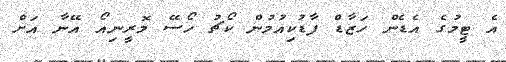
އެ ޓީމުގެ އެޑެން ހަޒާޑް ފާޑުކިއުމުން ކޯޗު ހޯސޭ މޮރީނިއޯ އޭނާ އަށް